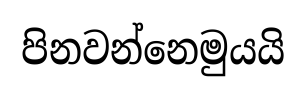
පිනවන්නෙමුයයි